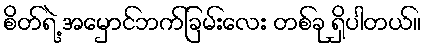
စိတ်ရဲ့ အမှောင်ဘက်ခြမ်းလေး တစ်ခု ရှိပါတယ်။